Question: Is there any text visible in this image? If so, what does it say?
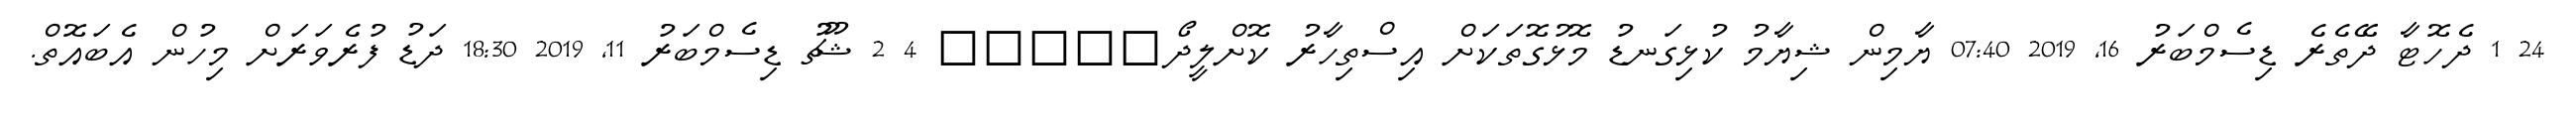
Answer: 24 1 ދެހޮޓާ ދޭތެރެ ޑިސެމްބަރު 16, 2019 07:40 ޔާމިން ޝިޔާމު ކުޅިގަނޑު މޮޅުގޮތަކަށް އިސްތިހާރު ކޮށްލީދޯ????? 4 2 ޝޫޗު ޑިސެމްބަރު 11, 2019 18:30 ދަޑު ފުރެވަރަށް މިހުން އެބައޮތް.